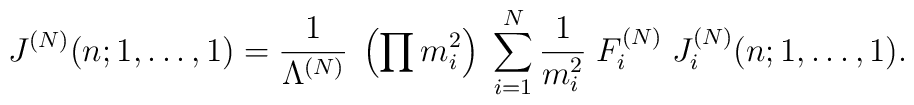
J^{(N)}(n;1, \ldots, 1) = \frac{1}{\Lambda^{(N)}}\; \left(\prod m_i^2 \right) \;\sum_{i=1}^N \frac{1}{m_i^2} \; F_i^{(N)} \;J_i^{(N)}(n;1, \ldots, 1) .